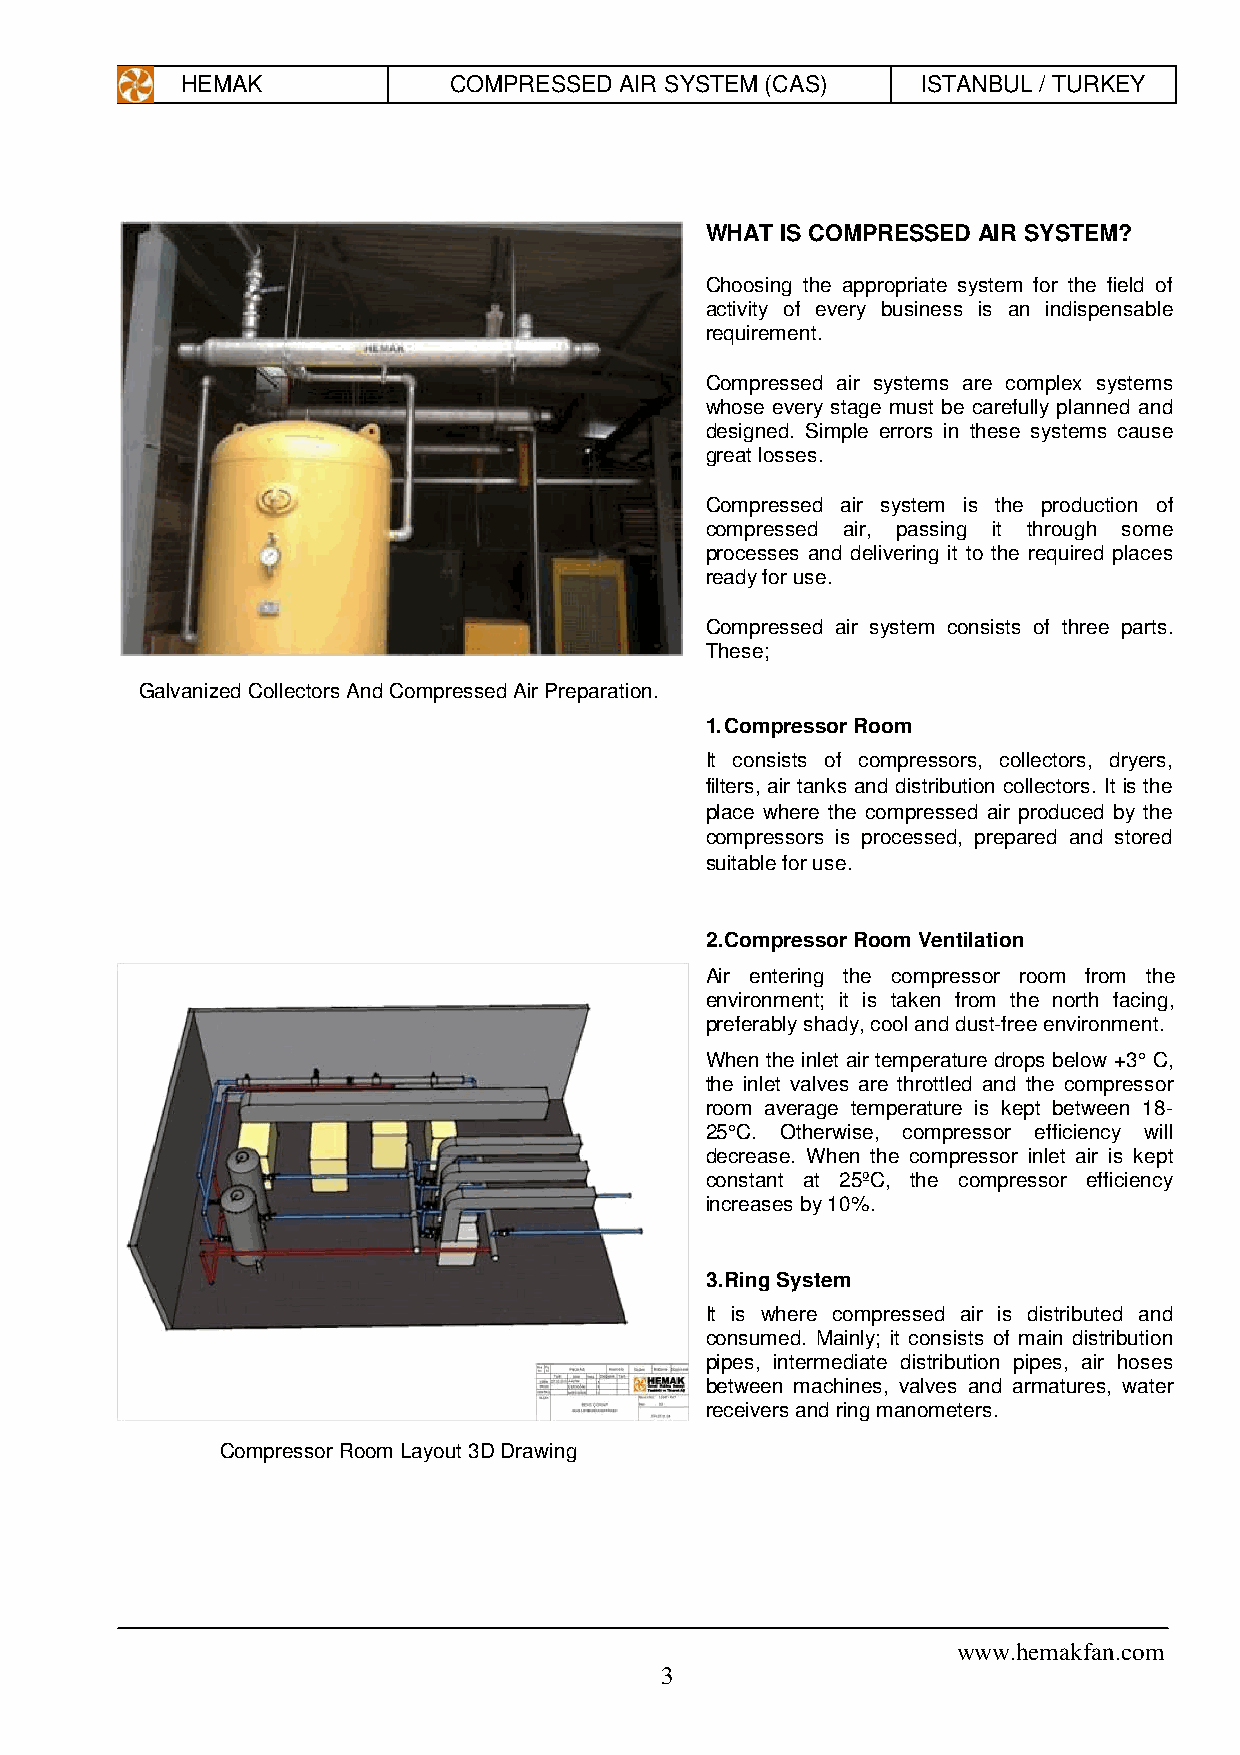
HEMAK             COMPRESSED AIR SYSTEM (CAS)    ISTANBUL / TURKEY
 WHAT IS COMPRESSED AIR SYSTEM?
 Choosing the appropriate system for the field of
 activity of every business is an indispensable
 requirement.
 Compressed air systems are complex systems
 whose every stage must be carefully planned and
 designed. Simple errors in these systems cause
 great losses.
 Compressed air system is the production of
 compressed air, passing it through some
 processes and delivering it to the required places
 ready for use.
 Compressed air system consists of three parts.
 These;
 Galvanized Collectors And Compressed Air Preparation.
 1. Compressor Room
 It consists of compressors, collectors, dryers,
 filters, air tanks and distribution collectors. It is the
 place where the compressed air produced by the
 compressors is processed, prepared and stored
 suitable for use.
 2. Compressor Room Ventilation
 Air entering the compressor room from the
 environment; it is taken from the north facing,
 preferably shady, cool and dust-free environment.
 When the inlet air temperature drops below +3° C,
 the inlet valves are throttled and the compressor
 room average temperature is kept between 18-
 25°C. Otherwise, compressor efficiency will
 decrease. When the compressor inlet air is kept
 constant at 25ºC, the compressor efficiency
 increases by 10%.
 3. Ring System
 It is where compressed air is distributed and
 consumed. Mainly; it consists of main distribution
 pipes, intermediate distribution pipes, air hoses
 between machines, valves and armatures, water
 receivers and ring manometers.
 Compressor Room Layout 3D Drawing
 www.hemakfan.com
 3